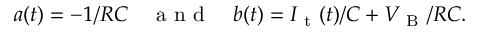
a ( t ) = - 1 / R C \quad \mathrm { ~ a ~ n ~ d ~ } \quad b ( t ) = I _ { \mathrm { ~ t ~ } } ( t ) / C + V _ { \mathrm { ~ B ~ } } / R C .